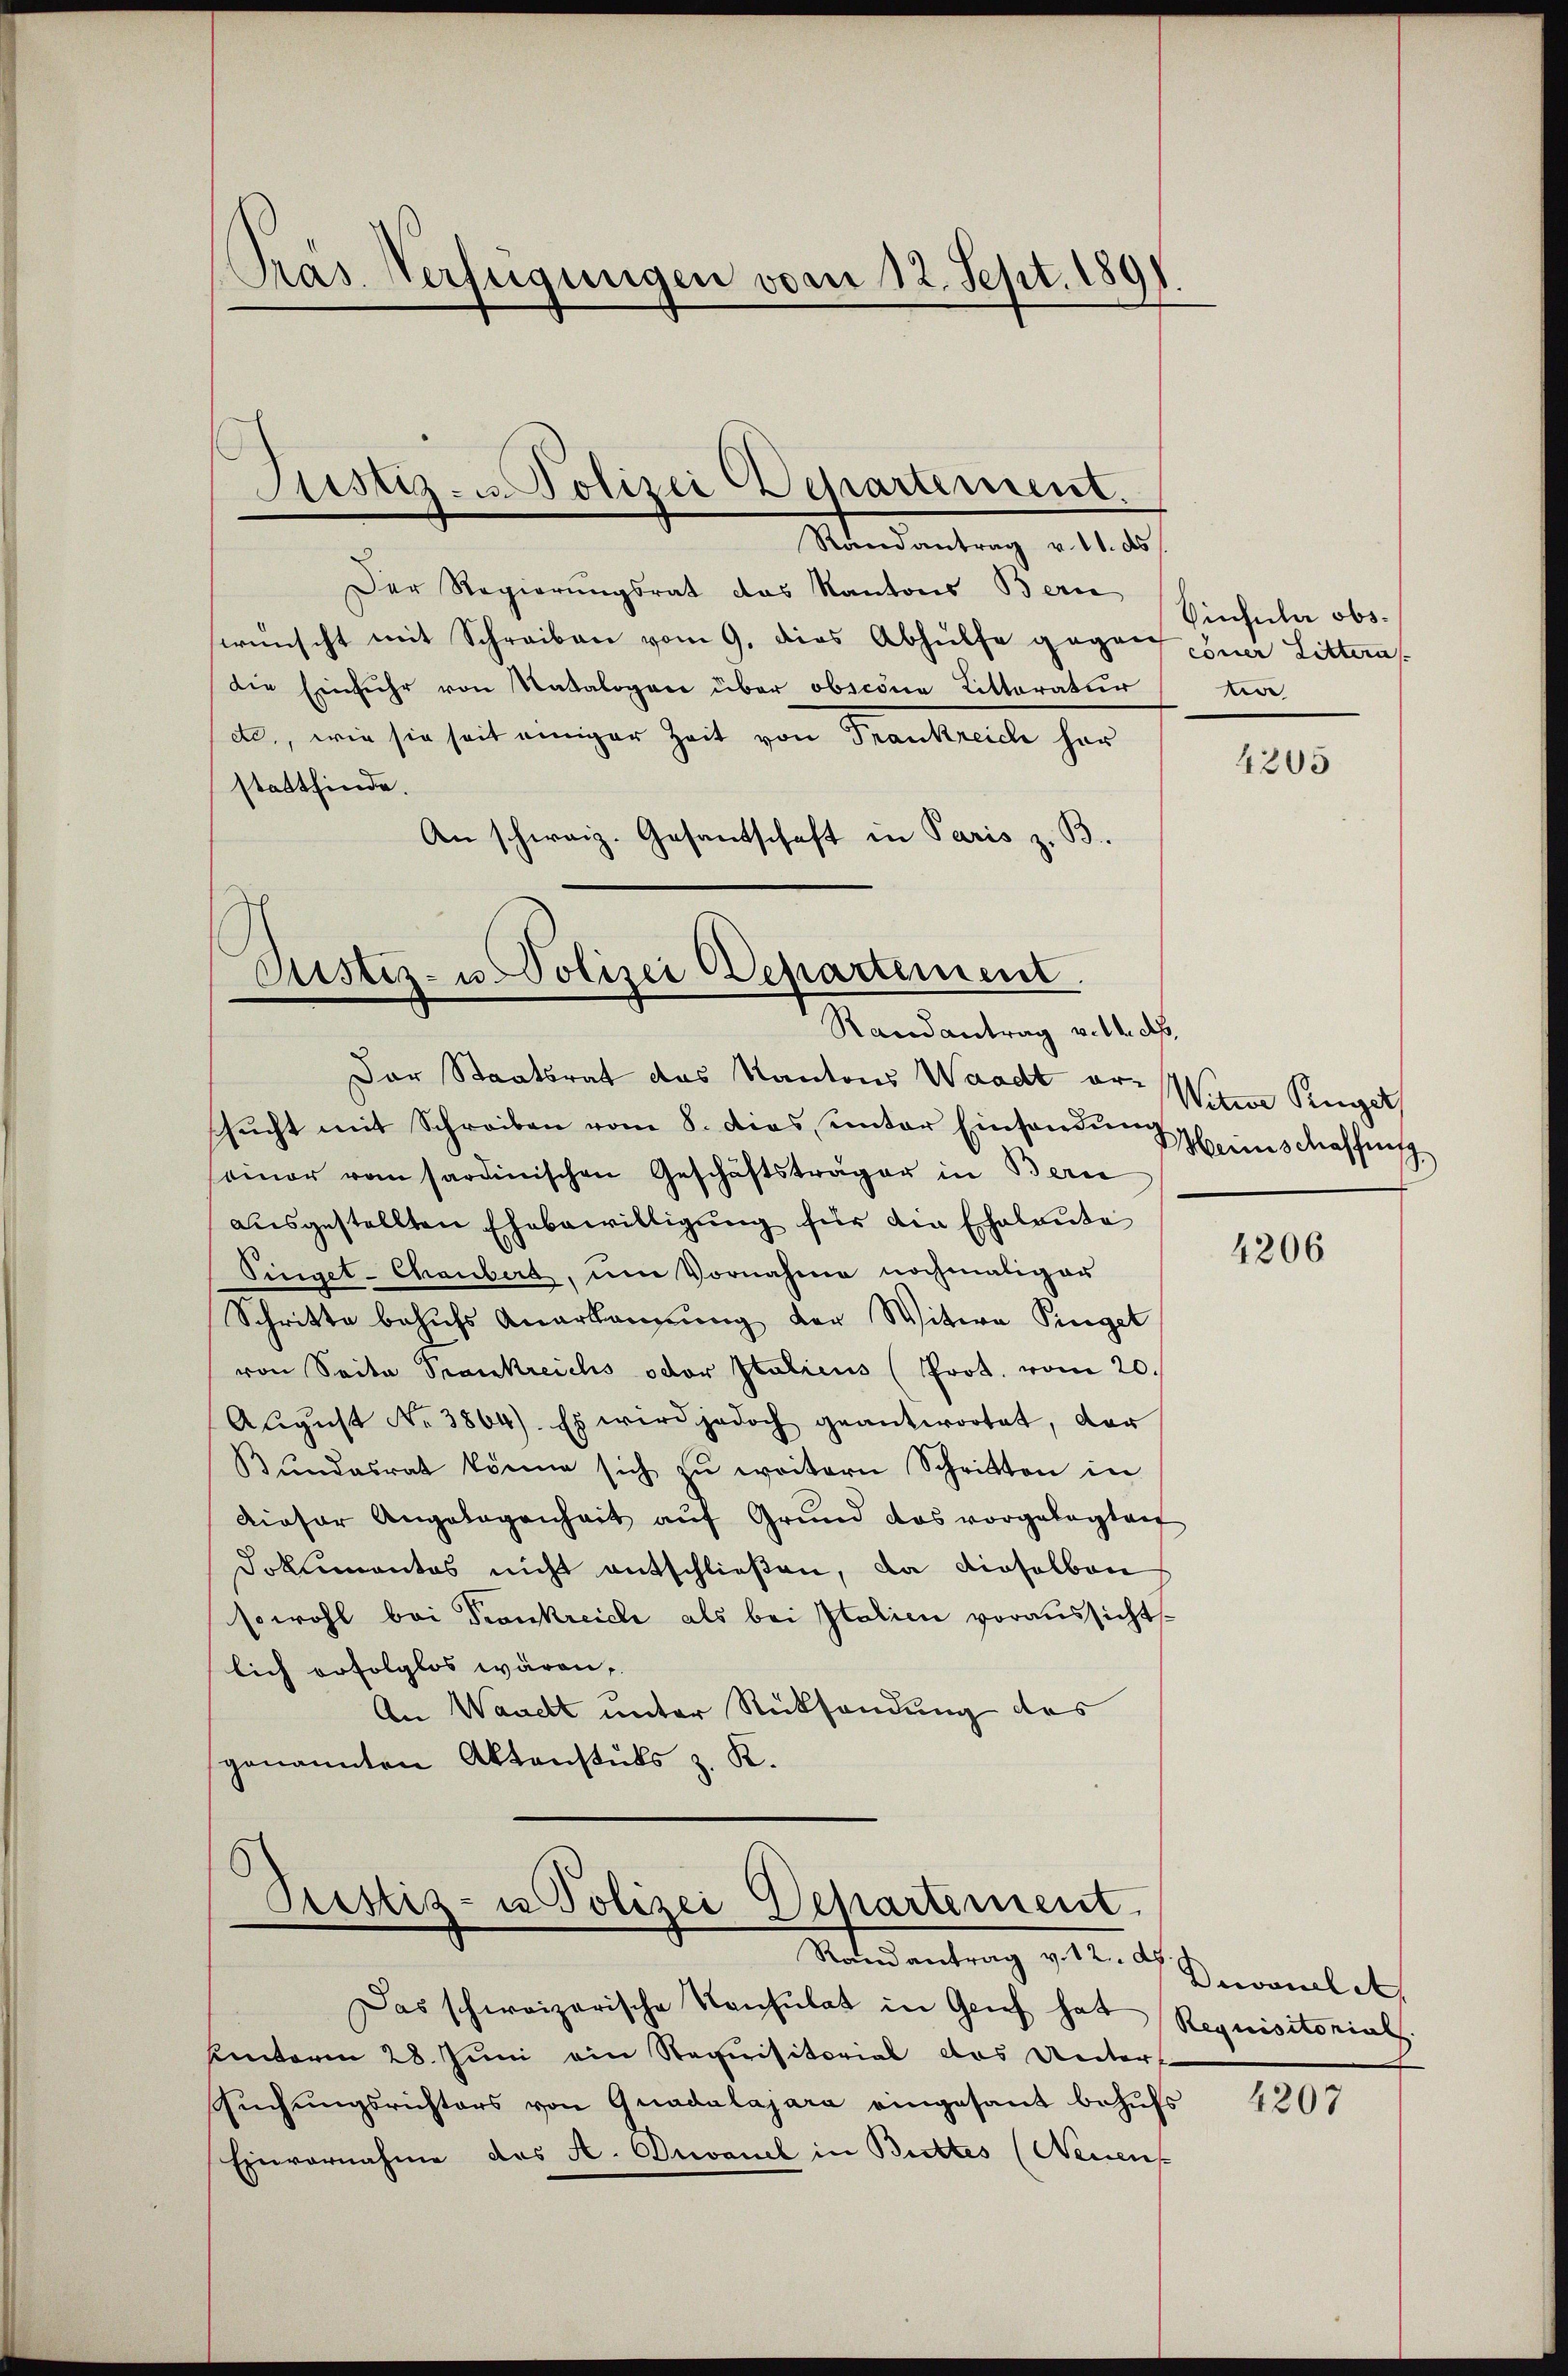
Randantrag v. 11. ds
Der Regierungsrat das Kantons Bern
wünscht mit Schreiben vom 9. dies Abhülfe gegen zur Litterus
Die Einfuhr von Natalogen über obszöne Litteratur
dd., wie sie seit einiger Zeit von Frankreise her
stattfinde.
An schweiz. Gesandschaft in Paris z. B.

Präs. Verfügungen vom 12. Sept. 1891.

Justiz- u. Polizei Departement.

Justiz- u. Polizei Departement.
Randantrag v. M. ds.

Pustiz- u Polizei Departement.

Das schweizerische Konsulat in Grief hat Requisitorials.
uinterm 28. Juni ein Requisitorial das Unters
suchungsrichters von Quadalajara eingesant behŭfs
Einvernahme des A. Devanch in Bittes (Neuen-

Mandantrag v. 1. d. Geranlas

Der Staatsrat das Kantons Waadt or: Witwe Ruget
sŭcht mit Schreiben vom 8. dies unter Einsendung
seiner von sardinischen Geschäftsträger in Bern
ausgestellten Ehebewilligung für die Eheleute
Singet-Chaubert, um Vornahme nochmaliger
Schritte behufs Anerkennung der Witwe Pingel
von Seite Prankreichs oder Italicus (Prot. vom 20.
Aŭgŭst No. 3864). Es wird jedoch geantwortet, der
Bŭndesrat könne sich zŭ weitern Schritten in
dieser Angelegenheit auf Grund das vorgelegten
Dokumentes nicht entschließen, da dieselben
sowohl bei Pionkreiche als bei Italien voraussichtlich erfolglos wären,
An Waadt unter Rücksendung des
genannten Aktenstuts z. K.

Vinsula obst

4205

einschaffniss

4206

4207